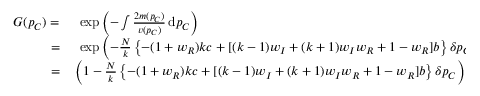
\begin{array} { r l } { G ( p _ { C } ) = } & { { } ~ \exp { \left( - \int { \frac { 2 m ( p _ { C } ) } { v ( p _ { C } ) } } \, \mathrm { d } p _ { C } \right) } } \\ { = } & { { } ~ \exp { \left( - \frac { N } { k } \left\{ - ( 1 + w _ { R } ) k c + [ ( k - 1 ) w _ { I } + ( k + 1 ) w _ { I } w _ { R } + 1 - w _ { R } ] b \right\} \delta p _ { C } + C _ { 0 } \right) } } \\ { = } & { { } \left( 1 - \frac { N } { k } \left\{ - ( 1 + w _ { R } ) k c + [ ( k - 1 ) w _ { I } + ( k + 1 ) w _ { I } w _ { R } + 1 - w _ { R } ] b \right\} \delta p _ { C } \right) \tilde { C } _ { 0 } + \mathcal { O } ( \delta ^ { 2 } ) , } \end{array}